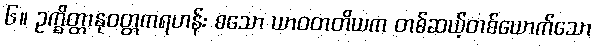
၆။ ဥက္ခိတ္တာနုဝတ္တကရဟန်း စသော ယာဝတတိယက တစ်ဆယ့်တစ်ယောက်သော